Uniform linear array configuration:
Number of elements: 24
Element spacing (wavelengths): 0.5
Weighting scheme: binomial
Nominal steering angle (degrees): -60
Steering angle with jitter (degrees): -60.774
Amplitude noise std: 0.05
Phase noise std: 0.05

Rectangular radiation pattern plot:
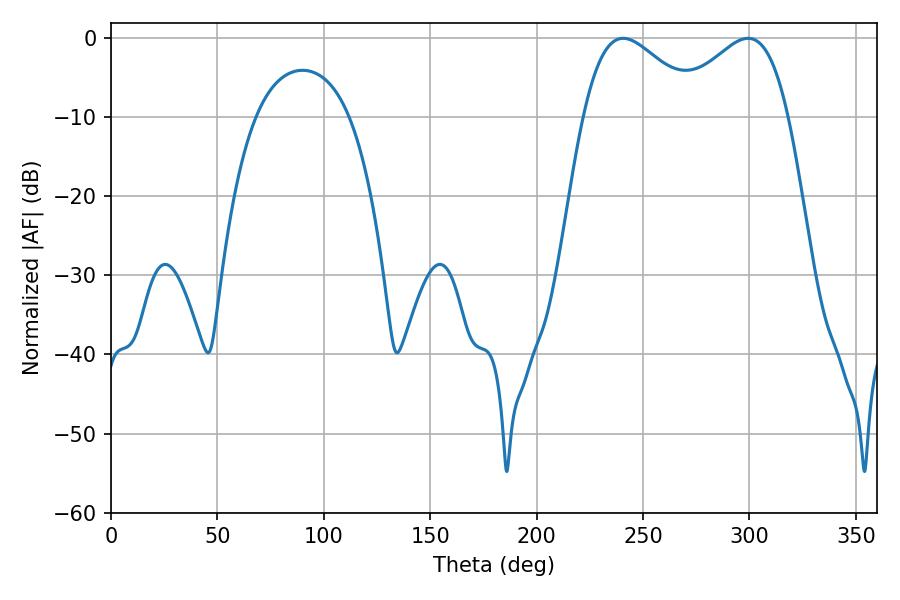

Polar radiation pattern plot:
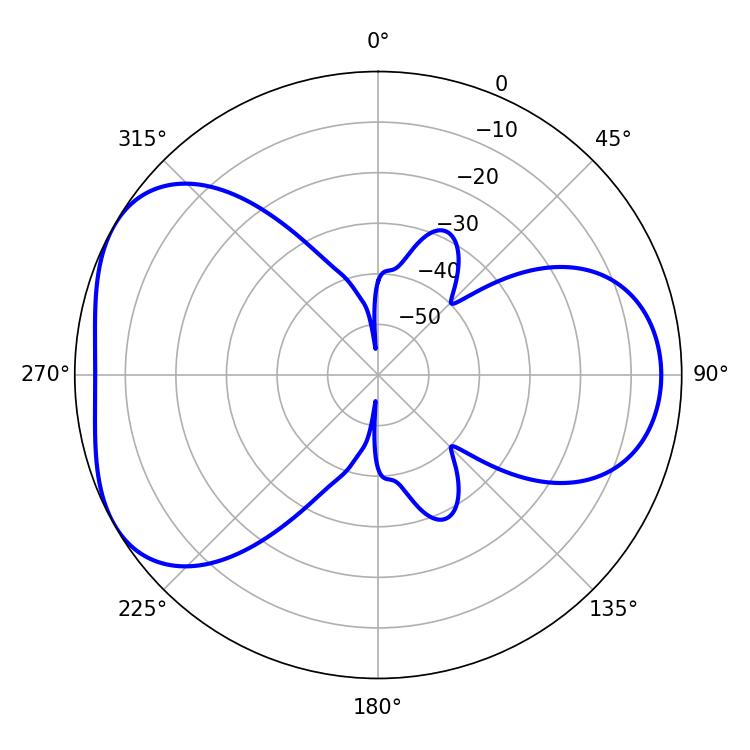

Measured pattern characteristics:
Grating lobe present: FALSE
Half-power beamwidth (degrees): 29.7
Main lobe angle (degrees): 240.66